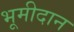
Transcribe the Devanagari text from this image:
भूमीदान